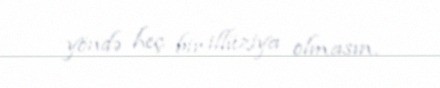
yöndə heç bir illüziya olmasın.